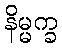
နိမ္မက္ခ